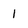
Character: l